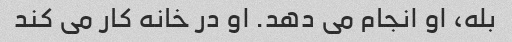
بله، او انجام می دهد. او در خانه کار می کند